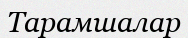
Тарамшалар